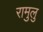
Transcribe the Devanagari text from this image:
रामुलु